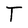
Character: T